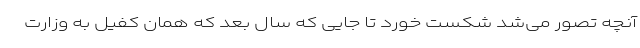
آنچه تصور می‌شد شکست خورد تا جایی که سال بعد که همان کفیل به وزارت